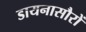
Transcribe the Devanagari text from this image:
डायनासौरों